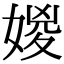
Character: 𡞧